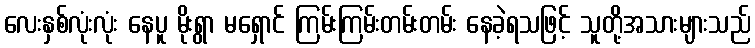
လေးနှစ်လုံးလုံး နေပူ မိုးရွာ မရှောင် ကြမ်းကြမ်းတမ်းတမ်း နေခဲ့ရသဖြင့် သူတို့အသားများသည်